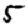
Digit: 5